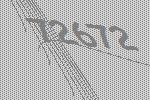
72672